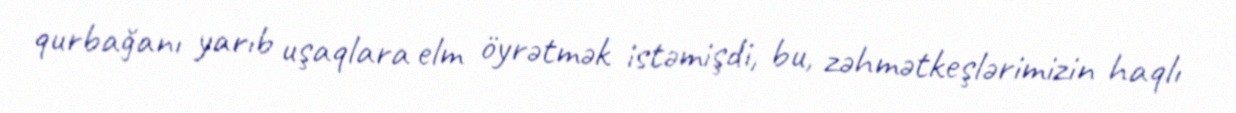
qurbağanı yarıb uşaqlara elm öyrətmək istəmişdi, bu, zəhmətkeşlərimizin haqlı